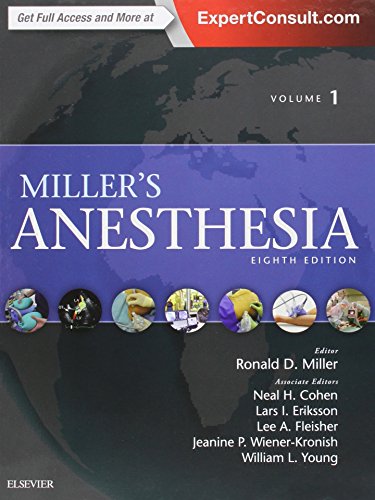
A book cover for Miller's Anesthesia, 2-Volume Set, 8e; Ronald D. Miller MD  MS; Medical Books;